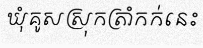
ឃុំគូសស្រុកត្រាំកក់នេះ